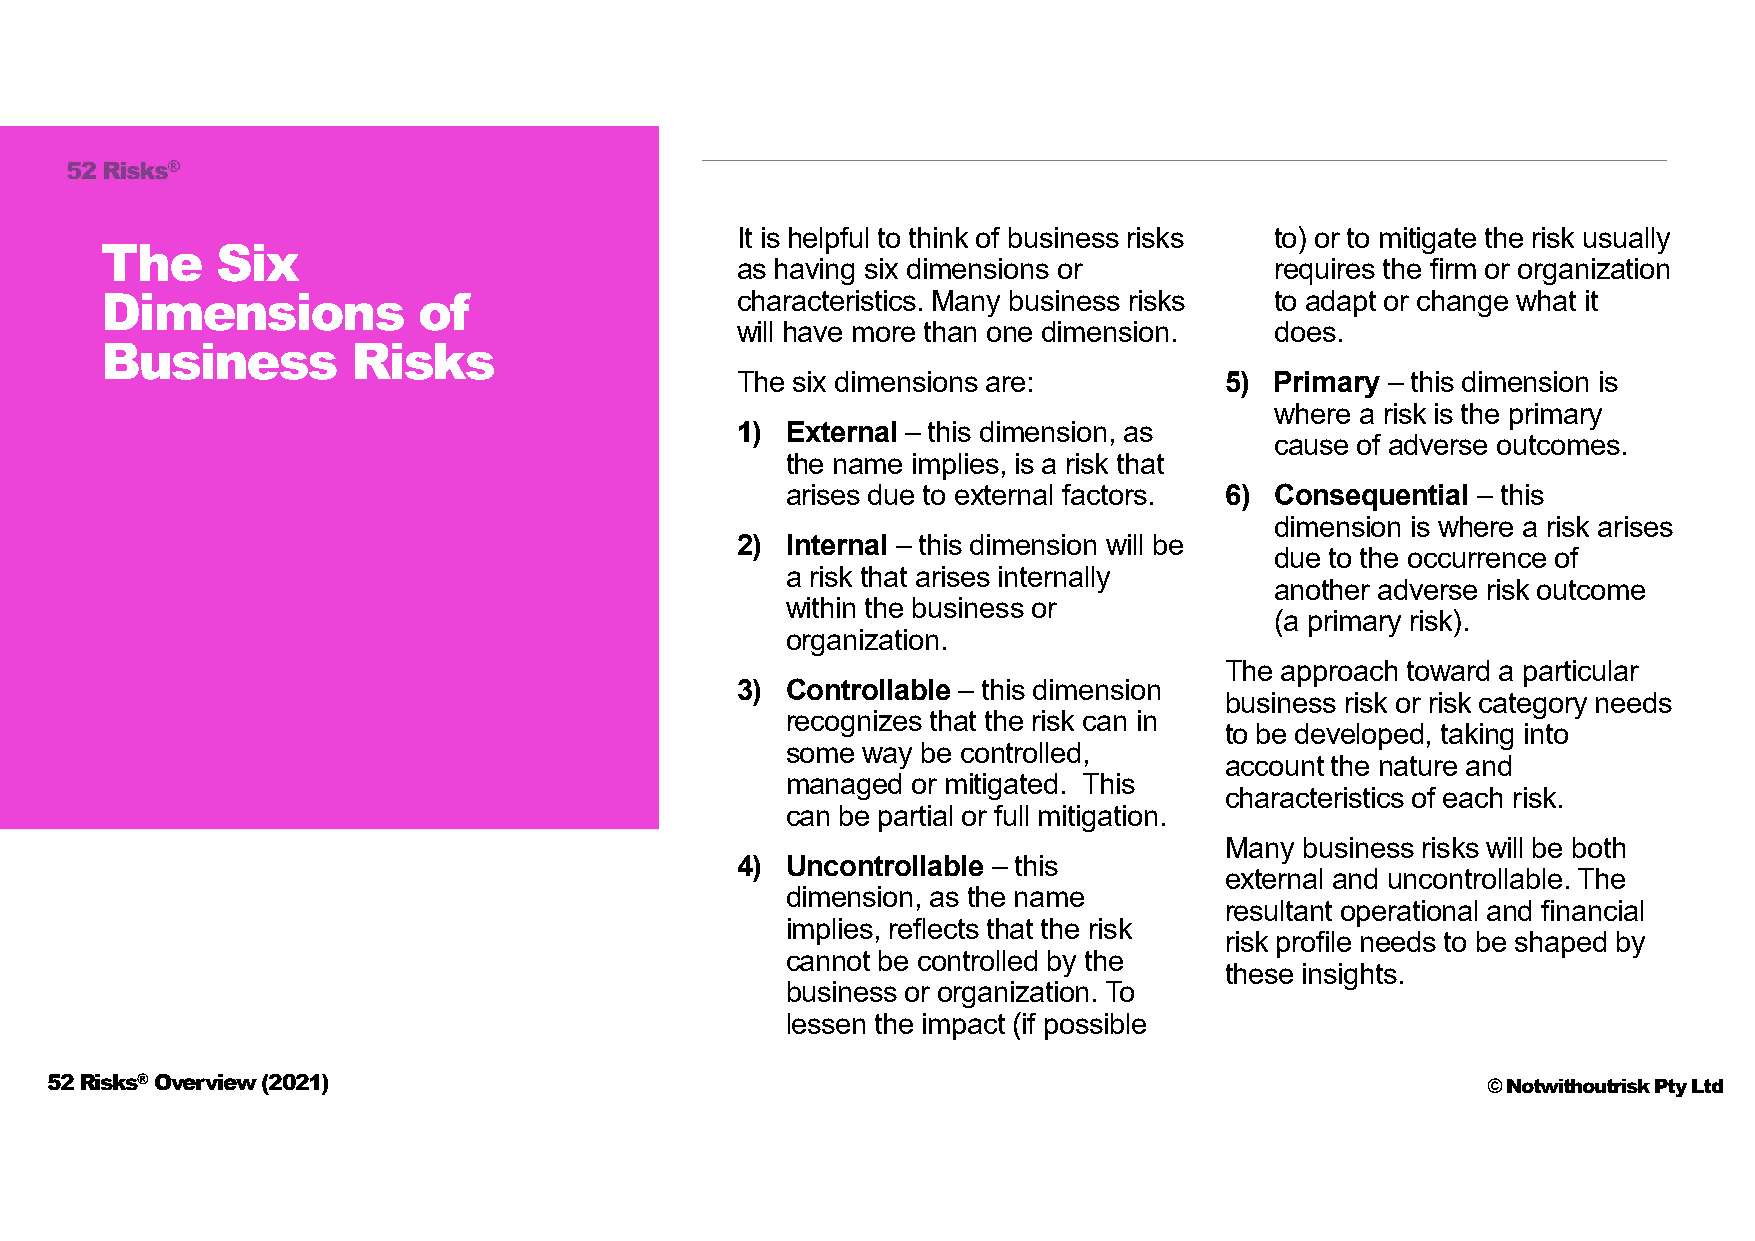
It is helpful to think of business risks to) or to mitigate the risk usually
 The    Six
 as having six dimensions or        requires the firm or organization
 characteristics. Many business risks to adapt or change what it
 Dimensions           of
 will have more than one dimension. does.
 Business        Risks
 The six dimensions are:         5) Primary – this dimension is
 where a risk is the primary
 1) External – this dimension, as
 cause of adverse outcomes.
 the name implies, is a risk that
 arises due to external factors. 6) Consequential – this
 dimension is where a risk arises
 2) Internal – this dimension will be
 due to the occurrence of
 a risk that arises internally
 another adverse risk outcome
 within the business or
 (a primary risk).
 organization.
 The approach toward a particular
 3) Controllable – this dimension
 business risk or risk category needs
 recognizes that the risk can in
 to be developed, taking into
 some way be controlled,
 account the nature and
 managed or mitigated. This
 characteristics of each risk.
 can be partial or full mitigation.
 Many business risks will be both
 4) Uncontrollable – this
 external and uncontrollable. The
 dimension, as the name
 resultant operational and financial
 implies, reflects that the risk
 risk profile needs to be shaped by
 cannot be controlled by the
 these insights.
 business or organization. To
 lessen the impact (if possible
 52 Risks®Overview (2021)                                                                       © Notwithoutrisk Pty Ltd